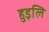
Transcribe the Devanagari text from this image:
हुइलि